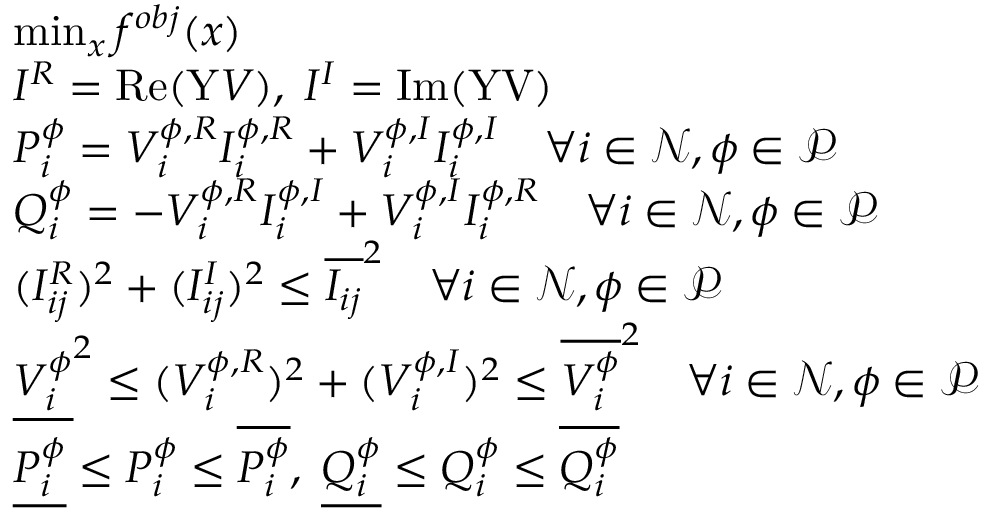
\begin{array} { r l } & { \operatorname* { m i n } _ { x } f ^ { o b j } ( x ) } \\ & { I ^ { R } = \operatorname { R e } ( \mathrm { Y } V ) , \; I ^ { I } = \operatorname { I m } ( \mathrm { Y V } ) } \\ & { P _ { i } ^ { \phi } = V _ { i } ^ { \phi , R } I _ { i } ^ { \phi , R } + V _ { i } ^ { \phi , I } I _ { i } ^ { \phi , I } \quad \forall i \in \mathcal { N } , \phi \in \mathcal { P } } \\ & { Q _ { i } ^ { \phi } = - V _ { i } ^ { \phi , R } I _ { i } ^ { \phi , I } + V _ { i } ^ { \phi , I } I _ { i } ^ { \phi , R } \quad \forall i \in \mathcal { N } , \phi \in \mathcal { P } } \\ & { ( I _ { i j } ^ { R } ) ^ { 2 } + ( I _ { i j } ^ { I } ) ^ { 2 } \le \overline { { I _ { i j } } } ^ { 2 } \quad \forall i \in \mathcal { N } , \phi \in \mathcal { P } } \\ & { \underline { { { V _ { i } ^ { \phi } } } } ^ { 2 } \le ( { V _ { i } ^ { \phi , R } } ) ^ { 2 } + ( { V _ { i } ^ { \phi , I } } ) ^ { 2 } \le \overline { { V _ { i } ^ { \phi } } } ^ { 2 } \quad \forall i \in \mathcal { N } , \phi \in \mathcal { P } } \\ & { \underline { { P _ { i } ^ { \phi } } } \leq P _ { i } ^ { \phi } \leq \overline { { P _ { i } ^ { \phi } } } , \; \underline { { Q _ { i } ^ { \phi } } } \leq Q _ { i } ^ { \phi } \leq \overline { { Q _ { i } ^ { \phi } } } } \end{array}